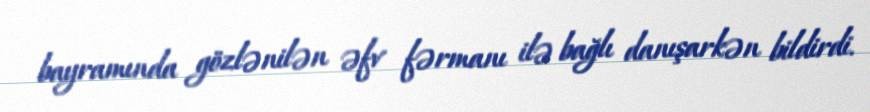
bayramında gözlənilən əfv fərmanı ilə bağlı danışarkən bildirdi.